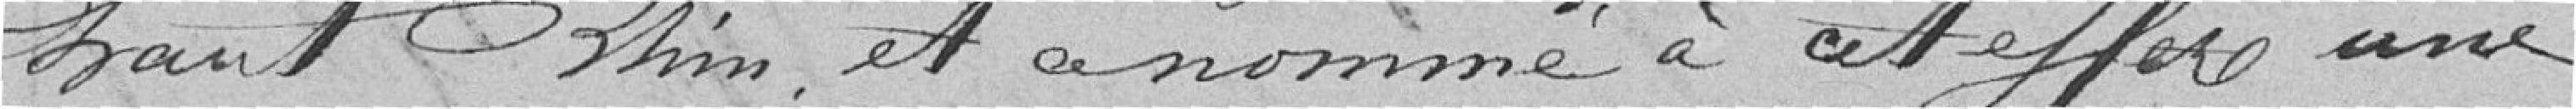
Haut-Rhin et nommé à cet effet une